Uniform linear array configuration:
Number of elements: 8
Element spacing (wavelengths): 0.75
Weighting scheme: exponential
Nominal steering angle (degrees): -60
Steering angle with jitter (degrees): -58.662
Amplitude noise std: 0.05
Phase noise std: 0.05

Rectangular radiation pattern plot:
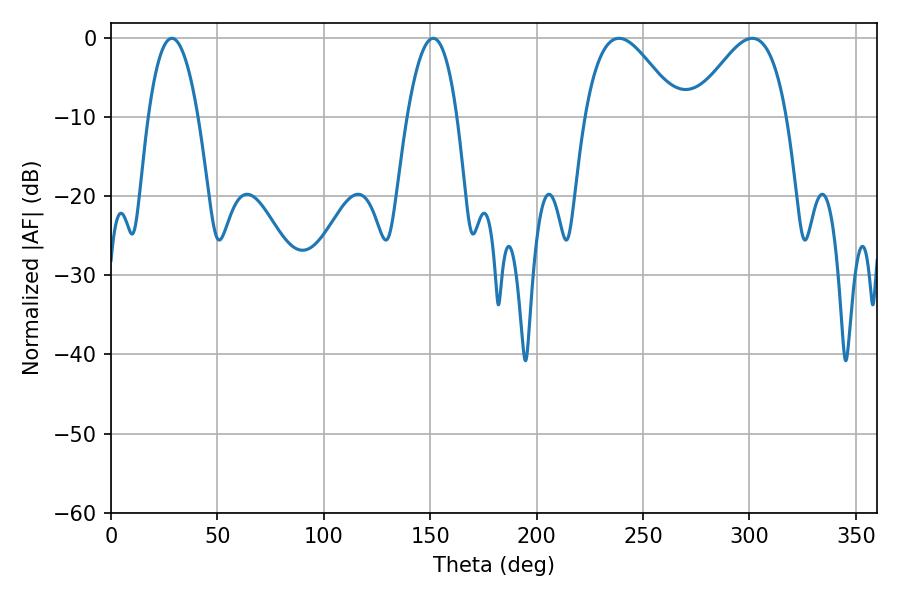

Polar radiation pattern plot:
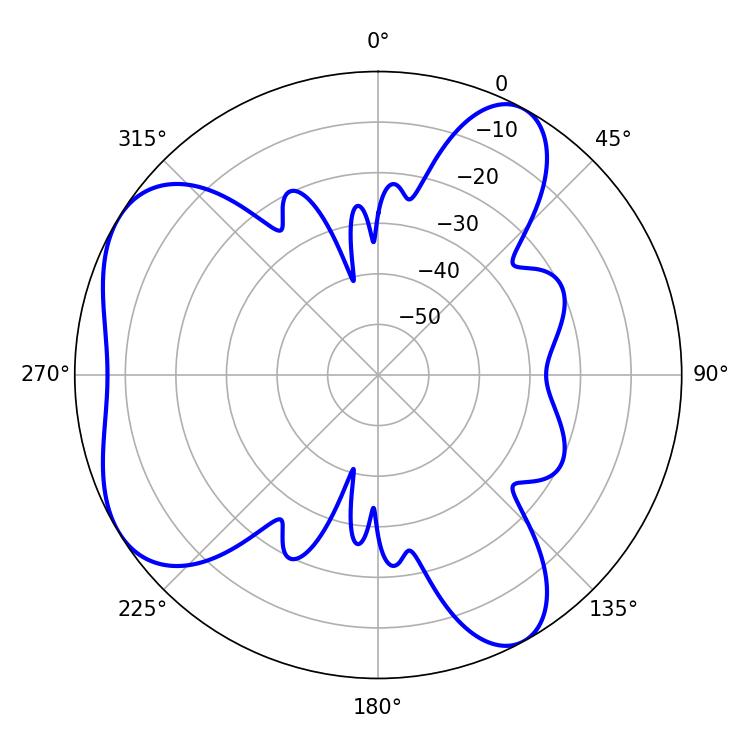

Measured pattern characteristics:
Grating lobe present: TRUE
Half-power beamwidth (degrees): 12.96
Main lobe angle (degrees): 28.62